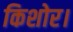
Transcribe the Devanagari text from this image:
किशोर।